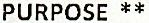
PURPOSE **